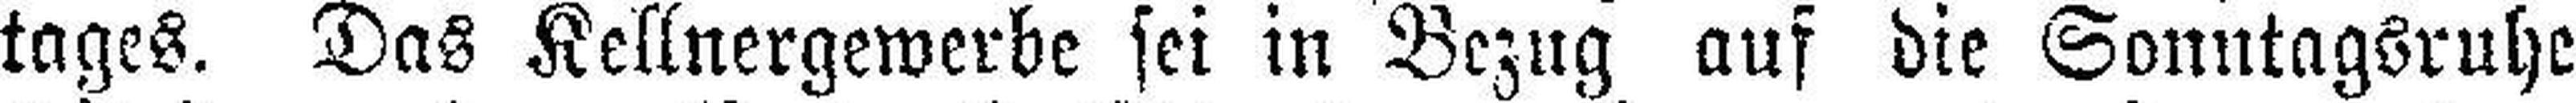
tages. Das Kellnergewerbe sei in Bezug auf die Sonntagsruhe